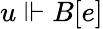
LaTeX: u\Vdash B[e]